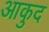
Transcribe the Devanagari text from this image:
आकुद